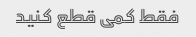
فقط کمی قطع کنید